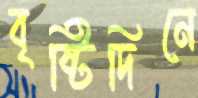
বৃষ্টিদিনে